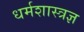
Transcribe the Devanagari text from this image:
धर्मशास्त्रज्ञ